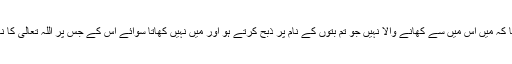
پھر زید نے کہا کہ مَیں اس میں سے کھانے والا نہیں جو تم بتوں کے نام پر ذبح کرتے ہو اور میں نہیں کھاتا سوائے اس کے جس پر اللہ تعالیٰ کا نام پڑھا گیا ہو‘‘۔